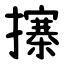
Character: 㩟